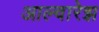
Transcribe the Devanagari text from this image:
आल्वारेझ